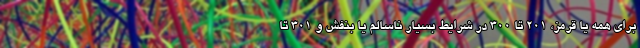
برای همه یا قرمز، ۲۰۱ تا ۳۰۰ در شرایط بسیار ناسالم یا بنفش و ۳۰۱ تا